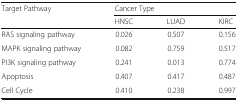
| <ROWSPAN=2> Target Pathway | <COLSPAN=3> Cancer Type |
 | HNSC | LUAD | KIRC |
 | --- | --- | --- | --- |
 | RAS signaling pathway | 0.026 | 0.507 | 0.156 |
 | MAPK signaling pathway | 0.082 | 0.759 | 0.517 |
 | PI3K signaling pathway | 0.241 | 0.013 | 0.774 |
 | Apoptosis | 0.407 | 0.417 | 0.487 |
 | Cell Cycle | 0.410 | 0.238 | 0.997 |